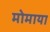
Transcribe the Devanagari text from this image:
मोमाया